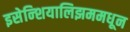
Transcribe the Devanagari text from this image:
इसेन्शियालिझममधून